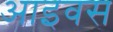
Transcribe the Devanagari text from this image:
आइवस